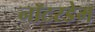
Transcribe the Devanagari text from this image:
नॉटरडेम